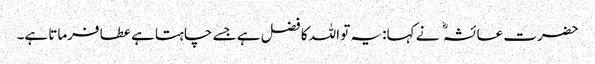
حضرت عائشہ نے کہا: یہ تو اللہ کا فضل ہے جسے چاہتا ہے عطا فرماتا ہے۔